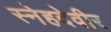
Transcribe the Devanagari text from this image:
स्नेहदेवीर